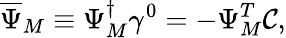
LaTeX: \overline{{{\Psi}}}_{M}\equiv\Psi_{M}^{\dagger}\gamma^{0}=-\Psi_{M}^{T}\mathcal{C},